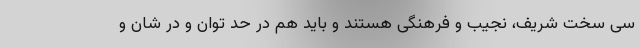
سی سخت شریف، نجیب و فرهنگی هستند و باید هم در حد توان و در شان و